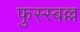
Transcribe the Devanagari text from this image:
फुस्स्बल्ल